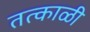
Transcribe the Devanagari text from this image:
तत्काळी